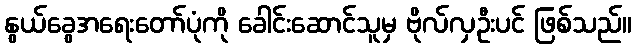
နွယ်ခွေအရေးတော်ပုံကို ခေါင်းဆောင်သူမှ ဗိုလ်လှဦးပင် ဖြစ်သည်။